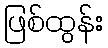
ဖြစ်ထွန်း